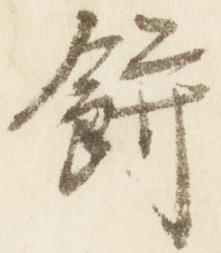
餅